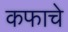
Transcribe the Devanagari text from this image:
कफाचे